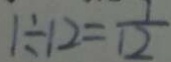
1 \div 1 2 = \frac { 1 } { 1 2 }